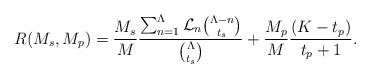
LaTeX: \begin{align*}R(M_s,M_p) = \frac{M_s}{M}\frac{\sum_{n=1}^{\Lambda}\mathcal{L}_n\binom{\Lambda-n}{t_s}}{\binom{\Lambda}{t_s}} +\frac{M_p}{M}\frac{(K-t_p) }{t_p+1}. \end{align*}